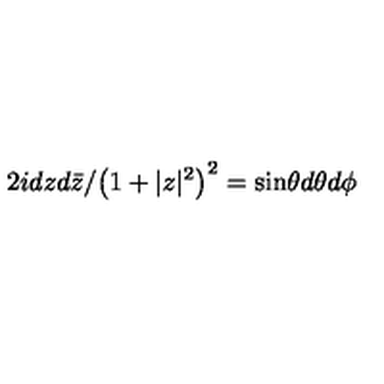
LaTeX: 2 i d z d \bar { z } / { \left( 1 + | z | ^ { 2 } \right) ^ { 2 } } = \sin \! \theta d \theta d \phi